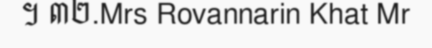
។ ៣២.Mrs Rovannarin Khat Mr